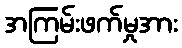
အကြမ်းဖက်မှုအား